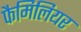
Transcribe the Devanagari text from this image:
फैमिलियर